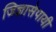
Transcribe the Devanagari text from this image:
जिज्ञासेपायी